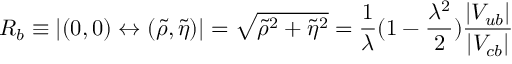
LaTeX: R _ { b } \equiv | ( 0 , 0 ) \leftrightarrow ( \tilde { \rho } , \tilde { \eta } ) | = \sqrt { \tilde { \rho } ^ { 2 } + \tilde { \eta } ^ { 2 } } = \frac { 1 } { \lambda } ( 1 - \frac { \lambda ^ { 2 } } { 2 } ) \frac { | V _ { u b } | } { | V _ { c b } | }